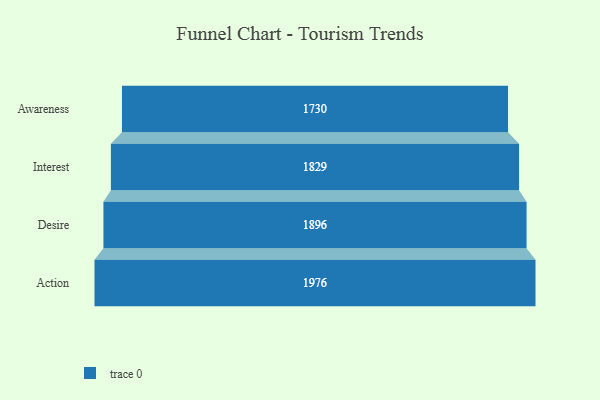
{"axis": {"x": "Stage", "y": "Value"}, "legend": [""], "data": [{"x": "Awareness", "y": 1730.0, "type": ""}, {"x": "Interest", "y": 1829.0, "type": ""}, {"x": "Desire", "y": 1896.0, "type": ""}, {"x": "Action", "y": 1976.0, "type": ""}]}